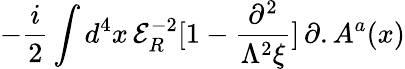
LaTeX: -\frac{i}{2}\int d^{4}x\, {\mathcal{E}}_{R}^{-2}[1-\frac{\partial^{2}}{\Lambda^{2}\xi}]\, \partial.A^{a}(x)